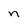
Character: n